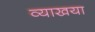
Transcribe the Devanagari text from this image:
व्याखया